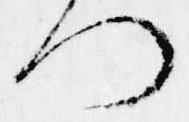
つ